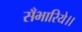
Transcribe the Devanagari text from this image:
सँभारिये।।